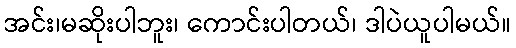
အင်း၊မဆိုးပါဘူး၊ ကောင်းပါတယ်၊ ဒါပဲယူပါမယ်။